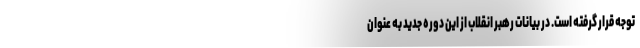
توجه قرار گرفته است. در بیانات رهبر انقلاب از این دوره جدید به عنوان